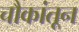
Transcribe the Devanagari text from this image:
चौकांतून